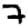
Digit: 7